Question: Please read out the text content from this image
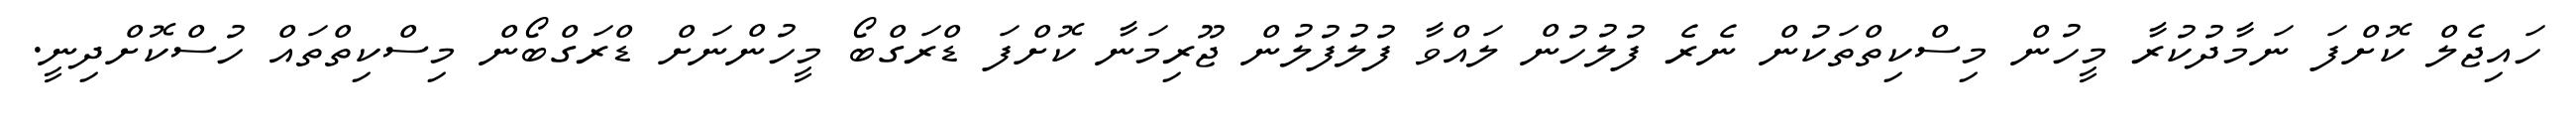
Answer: ހައިޖެލް ކޮށްފަ ނަމާދުކުރާ މީހުން މިސްކިތްތަކުން ނެރެ ފުލުހުން ލައްވާ ފުލުފުލުން ޖޫރިމަނާ ކޮށްފަ ޑްރަގްބޯ މީހުންނަށް ޑްރަގްބޯން މިސްކިތްތައް ހުސްކޮށްދިނީ.